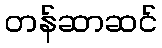
တန်ဆာဆင်